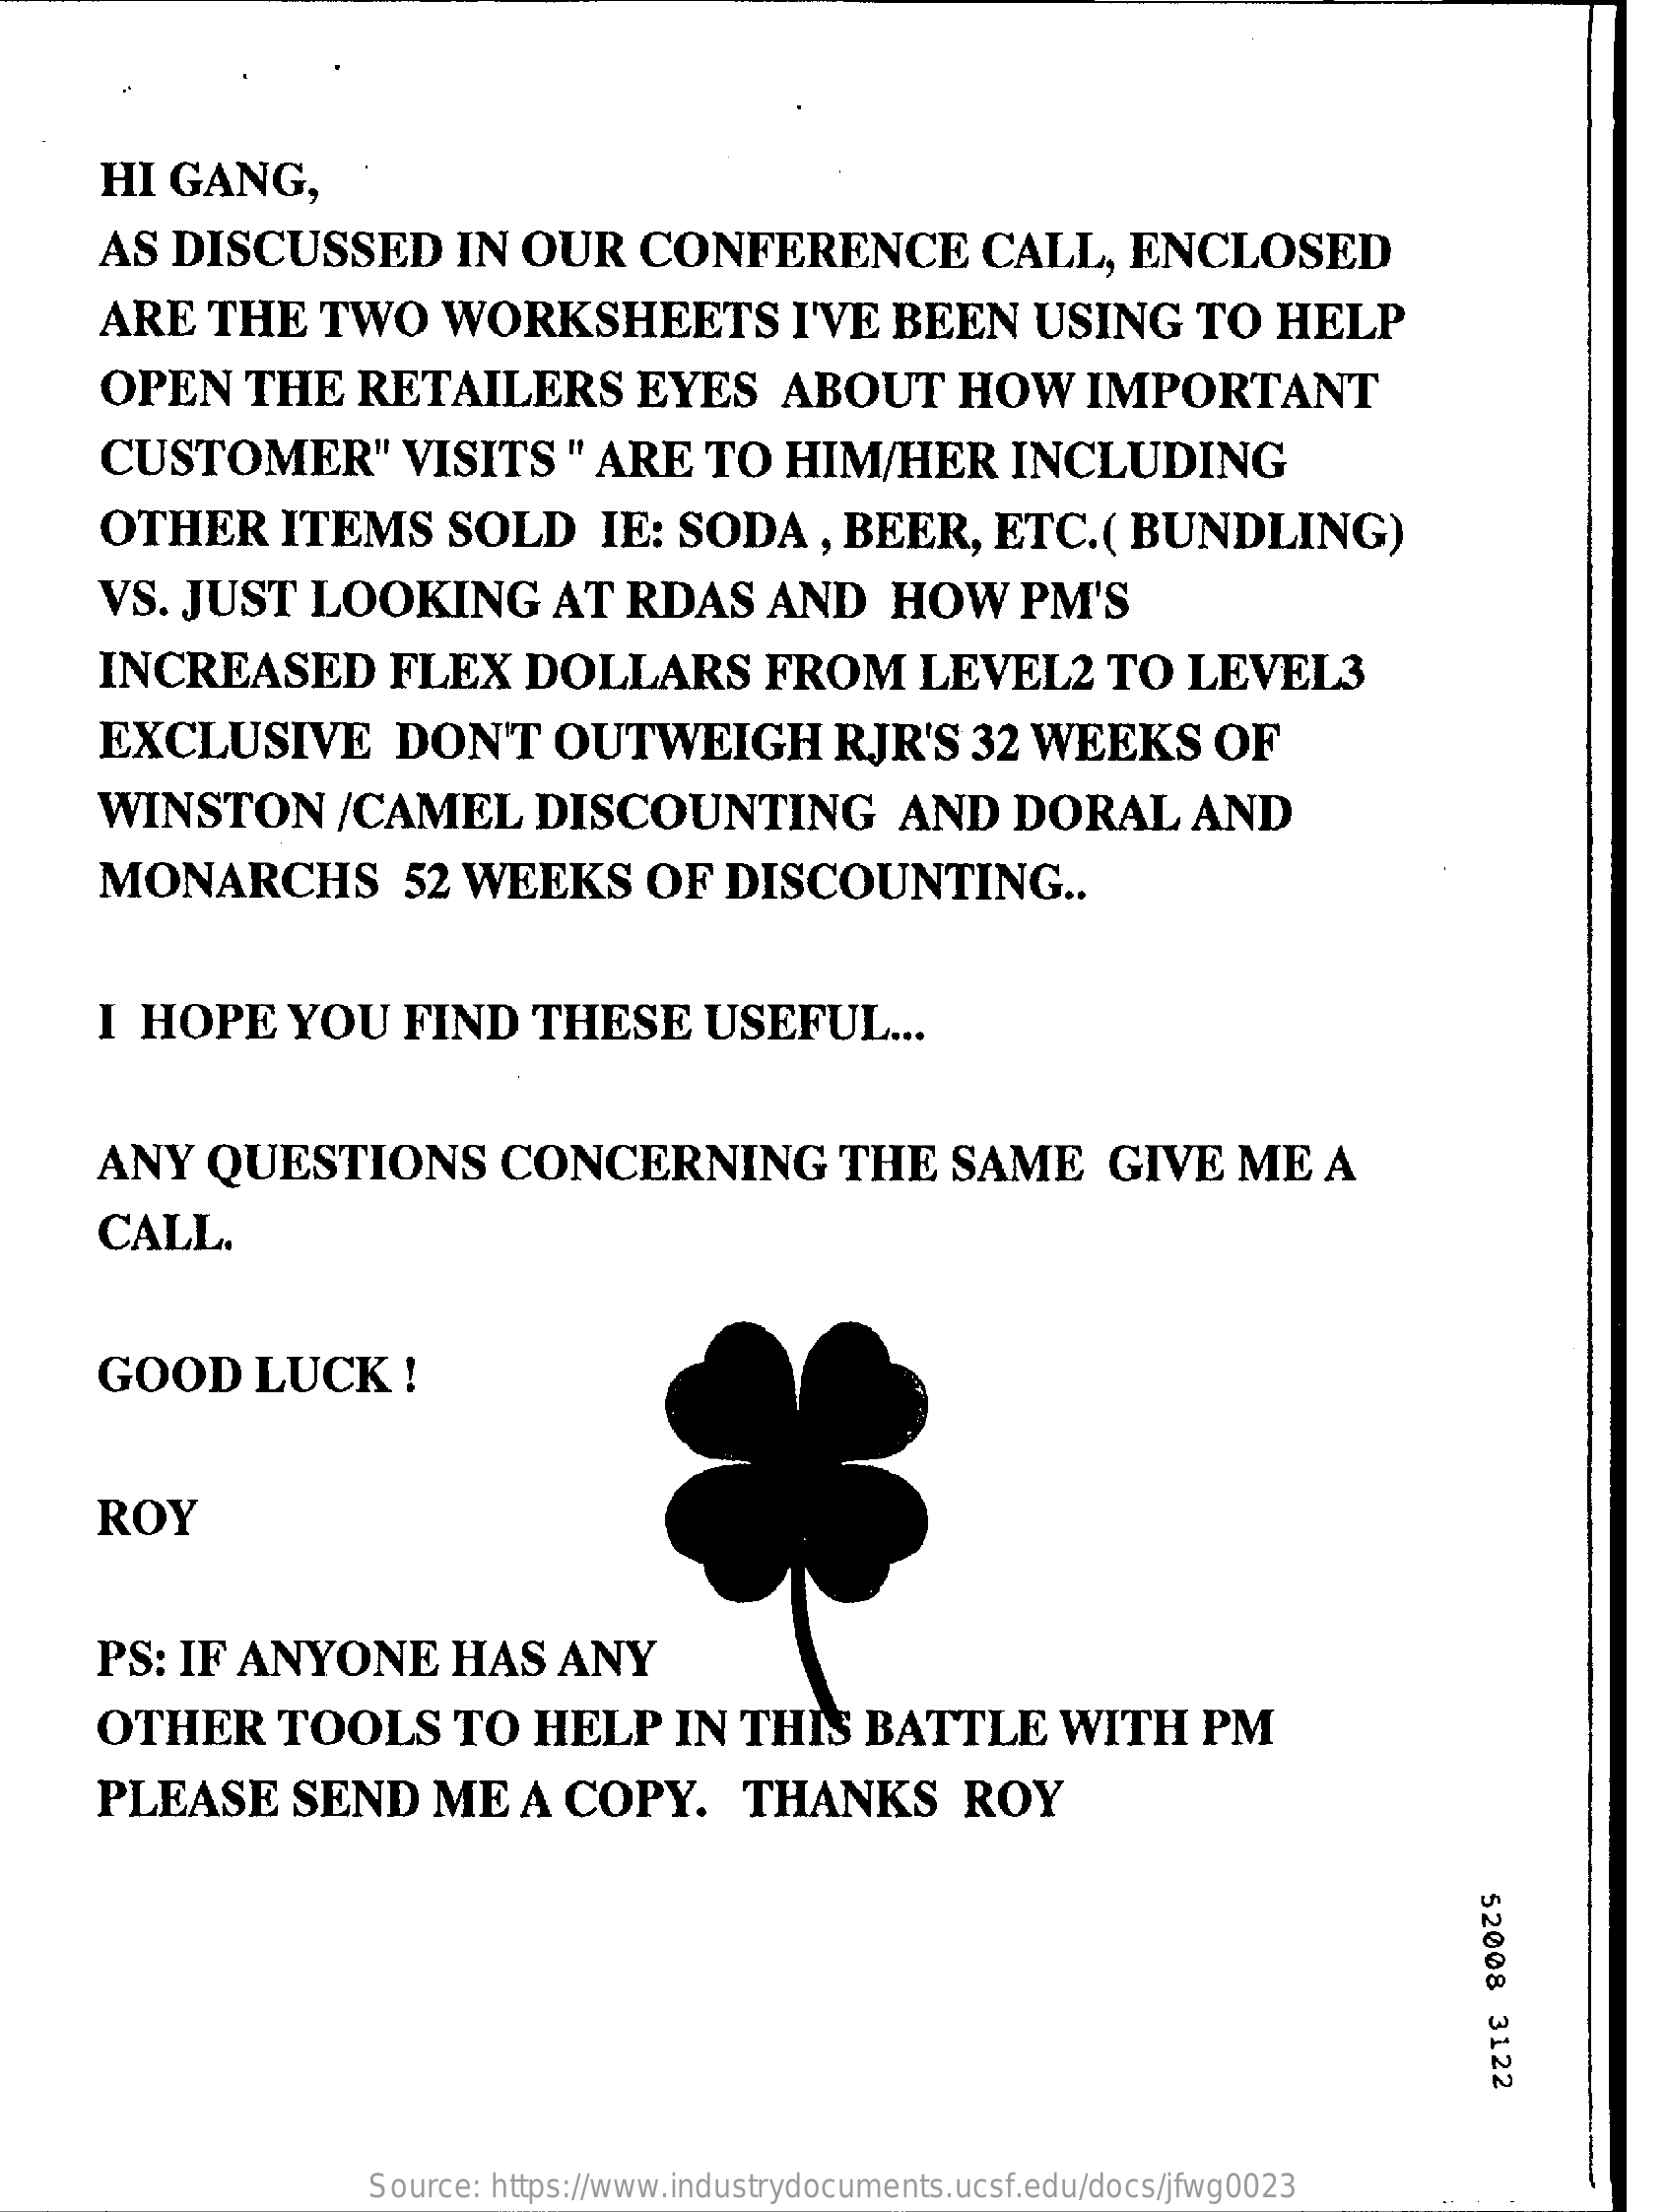
HI  GANG,
     AS  DISCUSSED    IN  OUR    CONFERENCE    CALL,    ENCLOSED
     ARE   THE    TWO    WORKSHEETS    I'VE   BEEN    USING    TO   HELP
     OPEN    THE   RETAILERS    EYES    ABOUT    HOW    IMPORTANT
     CUSTOMER"    VISITS    " ARE    TO   HIM/HER    INCLUDING
     OTHER    ITEMS    SOLD    IE:  SODA    , BEER,    ETC.(    BUNDLING)
     VS.  JUST    LOOKING    AT   RDAS    AND    HOW    PM'S
     INCREASED    FLEX    DOLLARS    FROM    LEVEL2    TO   LEVEL3
     EXCLUSIVE    DON'T    OUTWEIGH    RJR'S    32  WEEKS    OF
     WINSTON    /CAMEL    DISCOUNTING    AND    DORAL    AND
     MONARCHS    52 WEEKS    OF   DISCOUNTING    ..
     I  HOPE    YOU    FIND    THESE    USEFUL    ...
     ANY    QUESTIONS    CONCERNING    THE    SAME    GIVE    ME   A
     CALL.
     GOOD    LUCK    !
     ROY
     PS:  IF  ANYONE    HAS    ANY
     OTHER    TOOLS    TO   HELP    IN  THIS    BATTLE    WITH    PM
     PLEASE    SEND    ME    A  COPY.    THANKS    ROY
     52008
     3122
     Source: https://www.industrydocuments.ucsf.edu/docs/jfwg0023